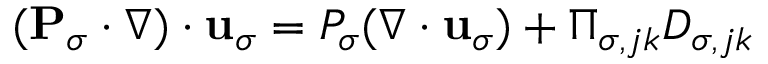
( { \bf P } _ { \sigma } \cdot \nabla ) \cdot { \bf u } _ { \sigma } = { \cal P } _ { \sigma } ( \nabla \cdot { \bf u } _ { \sigma } ) + \Pi _ { \sigma , j k } { \cal D } _ { \sigma , j k }